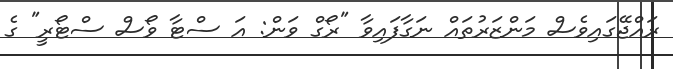
ރައްޖޭގައިވެސް މަންޒަރުތައް ނަގާފައިވާ "ރޯގް ވަން: އަ ސްޓާ ވޯސް ސްޓޯރީ" ގެ